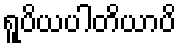
ရူပိယပါတိယာပိ